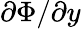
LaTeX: \partial\Phi/\partial{y}